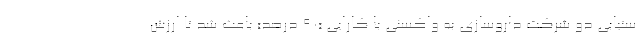
ستیابی دو شرکت داروسازی به واکسنی با کارایی «۹۰ درصد» باعث شد تا ارزش